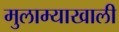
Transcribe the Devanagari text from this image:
मुलाम्याखाली